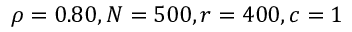
\rho = 0 . 8 0 , N = 5 0 0 , r = 4 0 0 , c = 1